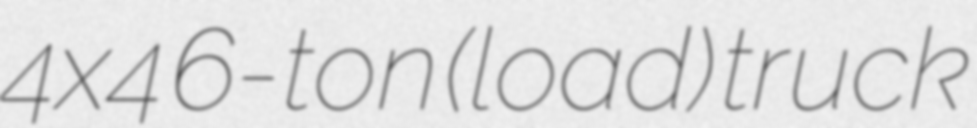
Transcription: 4x4 6-ton (load) truck